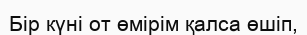
Бір күні от өмірім қалса өшіп,